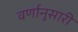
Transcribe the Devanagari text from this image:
वर्णानुसारी